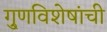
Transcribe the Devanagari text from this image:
गु्णविशेषांची